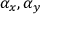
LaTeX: \alpha _ { x } ^ { } , \alpha _ { y }